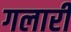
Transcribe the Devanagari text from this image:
गलारी